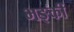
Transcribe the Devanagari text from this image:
भङ्कीं